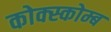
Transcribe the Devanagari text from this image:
कोक्स्कोम्ब